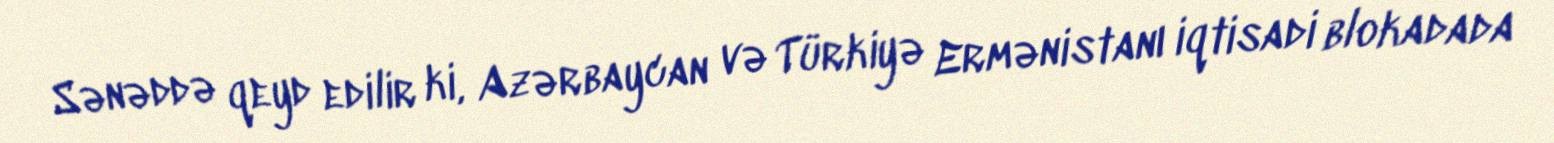
Sənəddə qeyd edilir ki, Azərbaycan və Türkiyə Ermənistanı iqtisadi blokadada